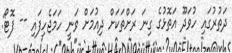
ދަތުރުގައި ހުވަދޫ އަތޮޅުގެ ގިނަ ރަށްތަކަށް ދިއުމަށް ވަނީ ހަމަޖެހިފައި -- ފޮޓޯ: